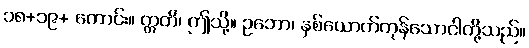
၁၈+၁၉+ ကောင်း။ ဣတိ၊ ဤသို့။ ဥဘော၊ နှစ်ယောက်ကုန်သောငါတို့သည်။